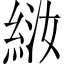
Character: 𫃤